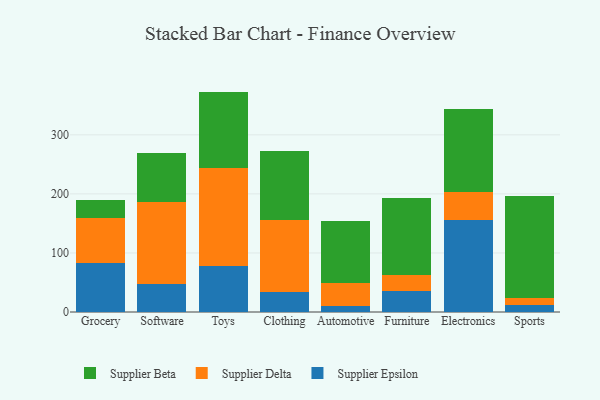
{"axis": {"x": "Category", "y": "Gross Profit (USD K)"}, "legend": ["Supplier Beta", "Supplier Delta", "Supplier Epsilon"], "data": [{"x": "Grocery", "y": 83.6, "type": "Supplier Epsilon"}, {"x": "Grocery", "y": 75.8, "type": "Supplier Delta"}, {"x": "Grocery", "y": 29.5, "type": "Supplier Beta"}, {"x": "Software", "y": 47.3, "type": "Supplier Epsilon"}, {"x": "Software", "y": 138.8, "type": "Supplier Delta"}, {"x": "Software", "y": 82.6, "type": "Supplier Beta"}, {"x": "Toys", "y": 78.3, "type": "Supplier Epsilon"}, {"x": "Toys", "y": 166.2, "type": "Supplier Delta"}, {"x": "Toys", "y": 128.7, "type": "Supplier Beta"}, {"x": "Clothing", "y": 34.5, "type": "Supplier Epsilon"}, {"x": "Clothing", "y": 121.1, "type": "Supplier Delta"}, {"x": "Clothing", "y": 116.4, "type": "Supplier Beta"}, {"x": "Automotive", "y": 10.7, "type": "Supplier Epsilon"}, {"x": "Automotive", "y": 38.6, "type": "Supplier Delta"}, {"x": "Automotive", "y": 104.8, "type": "Supplier Beta"}, {"x": "Furniture", "y": 35.0, "type": "Supplier Epsilon"}, {"x": "Furniture", "y": 27.5, "type": "Supplier Delta"}, {"x": "Furniture", "y": 130.7, "type": "Supplier Beta"}, {"x": "Electronics", "y": 156.1, "type": "Supplier Epsilon"}, {"x": "Electronics", "y": 47.4, "type": "Supplier Delta"}, {"x": "Electronics", "y": 139.7, "type": "Supplier Beta"}, {"x": "Sports", "y": 11.8, "type": "Supplier Epsilon"}, {"x": "Sports", "y": 12.3, "type": "Supplier Delta"}, {"x": "Sports", "y": 172.2, "type": "Supplier Beta"}]}